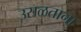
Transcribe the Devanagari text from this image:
उसळताना